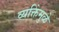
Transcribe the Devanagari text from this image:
व्यक्तिंमुळे